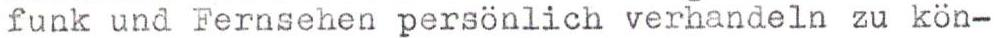
funk und Fernsehen persönlich verhandeln zu kön-